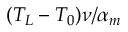
( T _ { L } - T _ { 0 } ) \nu / \alpha _ { m }